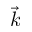
\vec { k }